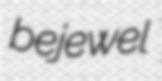
bejewel